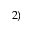
2 )